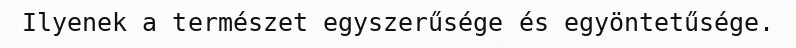
Ilyenek a természet egyszerűsége és egyöntetűsége.